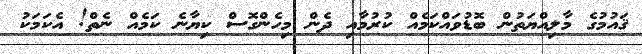
ޤައުމުގެ މާލިއްޔަތުން ބޮޑުވައްކަމެއް ކުރުމާއި ދެން މިހެންގޮސް ކިޔާނެ ކަމެއް ނެތް! އެކަމަކު